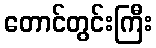
တောင်တွင်းကြီး